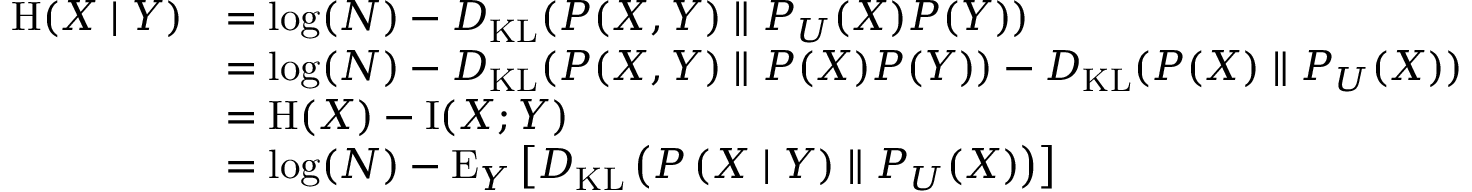
{ \begin{array} { r l } { \mathrm { H } ( X \mid Y ) } & { = \log ( N ) - D _ { \mathrm { K L } } ( P ( X , Y ) \parallel P _ { U } ( X ) P ( Y ) ) } \\ & { = \log ( N ) - D _ { \mathrm { K L } } ( P ( X , Y ) \parallel P ( X ) P ( Y ) ) - D _ { \mathrm { K L } } ( P ( X ) \parallel P _ { U } ( X ) ) } \\ & { = \mathrm { H } ( X ) - \operatorname { I } ( X ; Y ) } \\ & { = \log ( N ) - \operatorname { E } _ { Y } \left[ D _ { \mathrm { K L } } \left( P \left( X \mid Y \right) \parallel P _ { U } ( X ) \right) \right] } \end{array} }